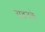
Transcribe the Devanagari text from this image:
सदनके